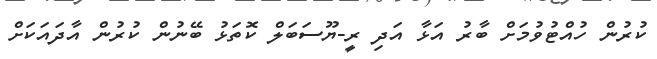
ކުރުން ހުއްޓުވުމަށް ބާރު އަޅާ އަދި ރީ-ޔޫސަބަލް ކޮތަޅު ބޭނުން ކުރުން އާދައަކަށް